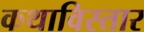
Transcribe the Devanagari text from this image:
कथाविस्तार